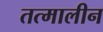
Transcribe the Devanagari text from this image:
तत्मालीन